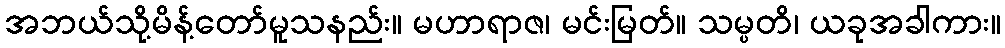
အဘယ်သို့မိန့်တော်မူသနည်း။ မဟာရာဇ၊ မင်းမြတ်။ သမ္ပတိ၊ ယခုအခါကား။